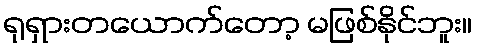
ရုရှားတယောက်တော့ မဖြစ်နိုင်ဘူး။